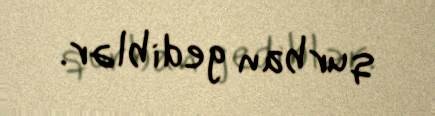
qurban gediblər.